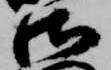
御